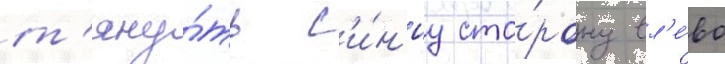
т'яну́ть с'и́н'юу сто́рону вл'е́во